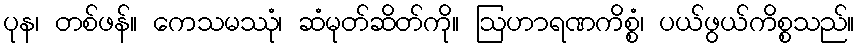
ပုန၊ တစ်ဖန်။ ကေသမဿုံ၊ ဆံမုတ်ဆိတ်ကို။ ဩဟာရဏကိစ္စံ၊ ပယ်ဖွယ်ကိစ္စသည်။